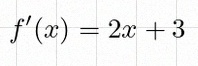
f'(x)=2x+3